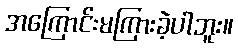
အကြောင်းမကြားခဲ့ပါဘူး။